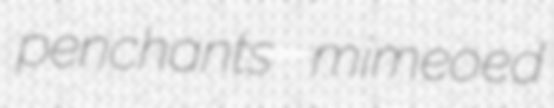
penchants mimeoed